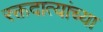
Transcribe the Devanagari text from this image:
रक्तदात्यांच्या